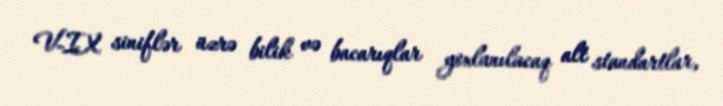
V-IX siniflər üzrə bilik və bacarıqlar yoxlanılacaq alt standartlar,